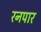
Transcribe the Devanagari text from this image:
रनपार